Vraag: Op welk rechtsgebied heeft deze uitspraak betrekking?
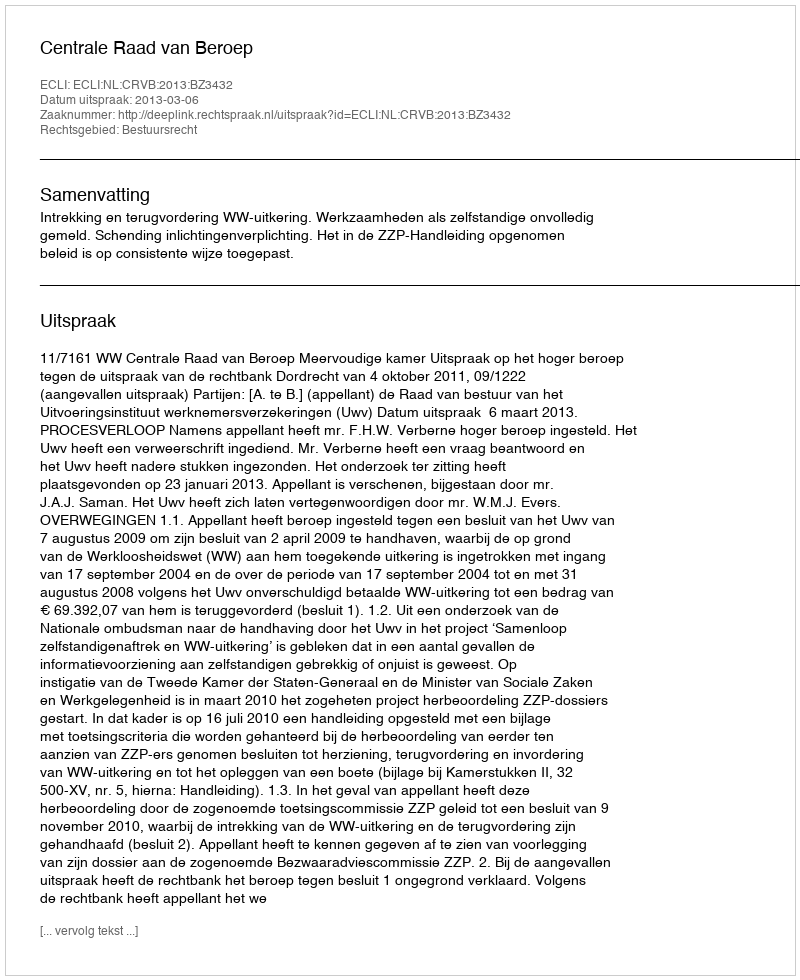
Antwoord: Bestuursrecht